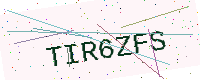
Text: TIR6ZFS